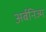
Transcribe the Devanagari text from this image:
अर्बनिज्म